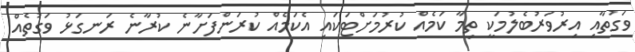
ވަގުތާއި އިރުވަރުބެލުމަކީ ތިމާ ކަމެއް ކުރުމަށްޓަކައި އެކަމެއް ކުރަންފަށާނެ ކުރާނެ ރަނގަޅު ވަގުތެއް